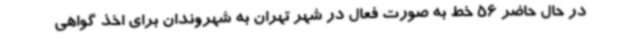
در حال حاضر 56 خط به صورت فعال در شهر تهران به شهروندان برای اخذ گواهی